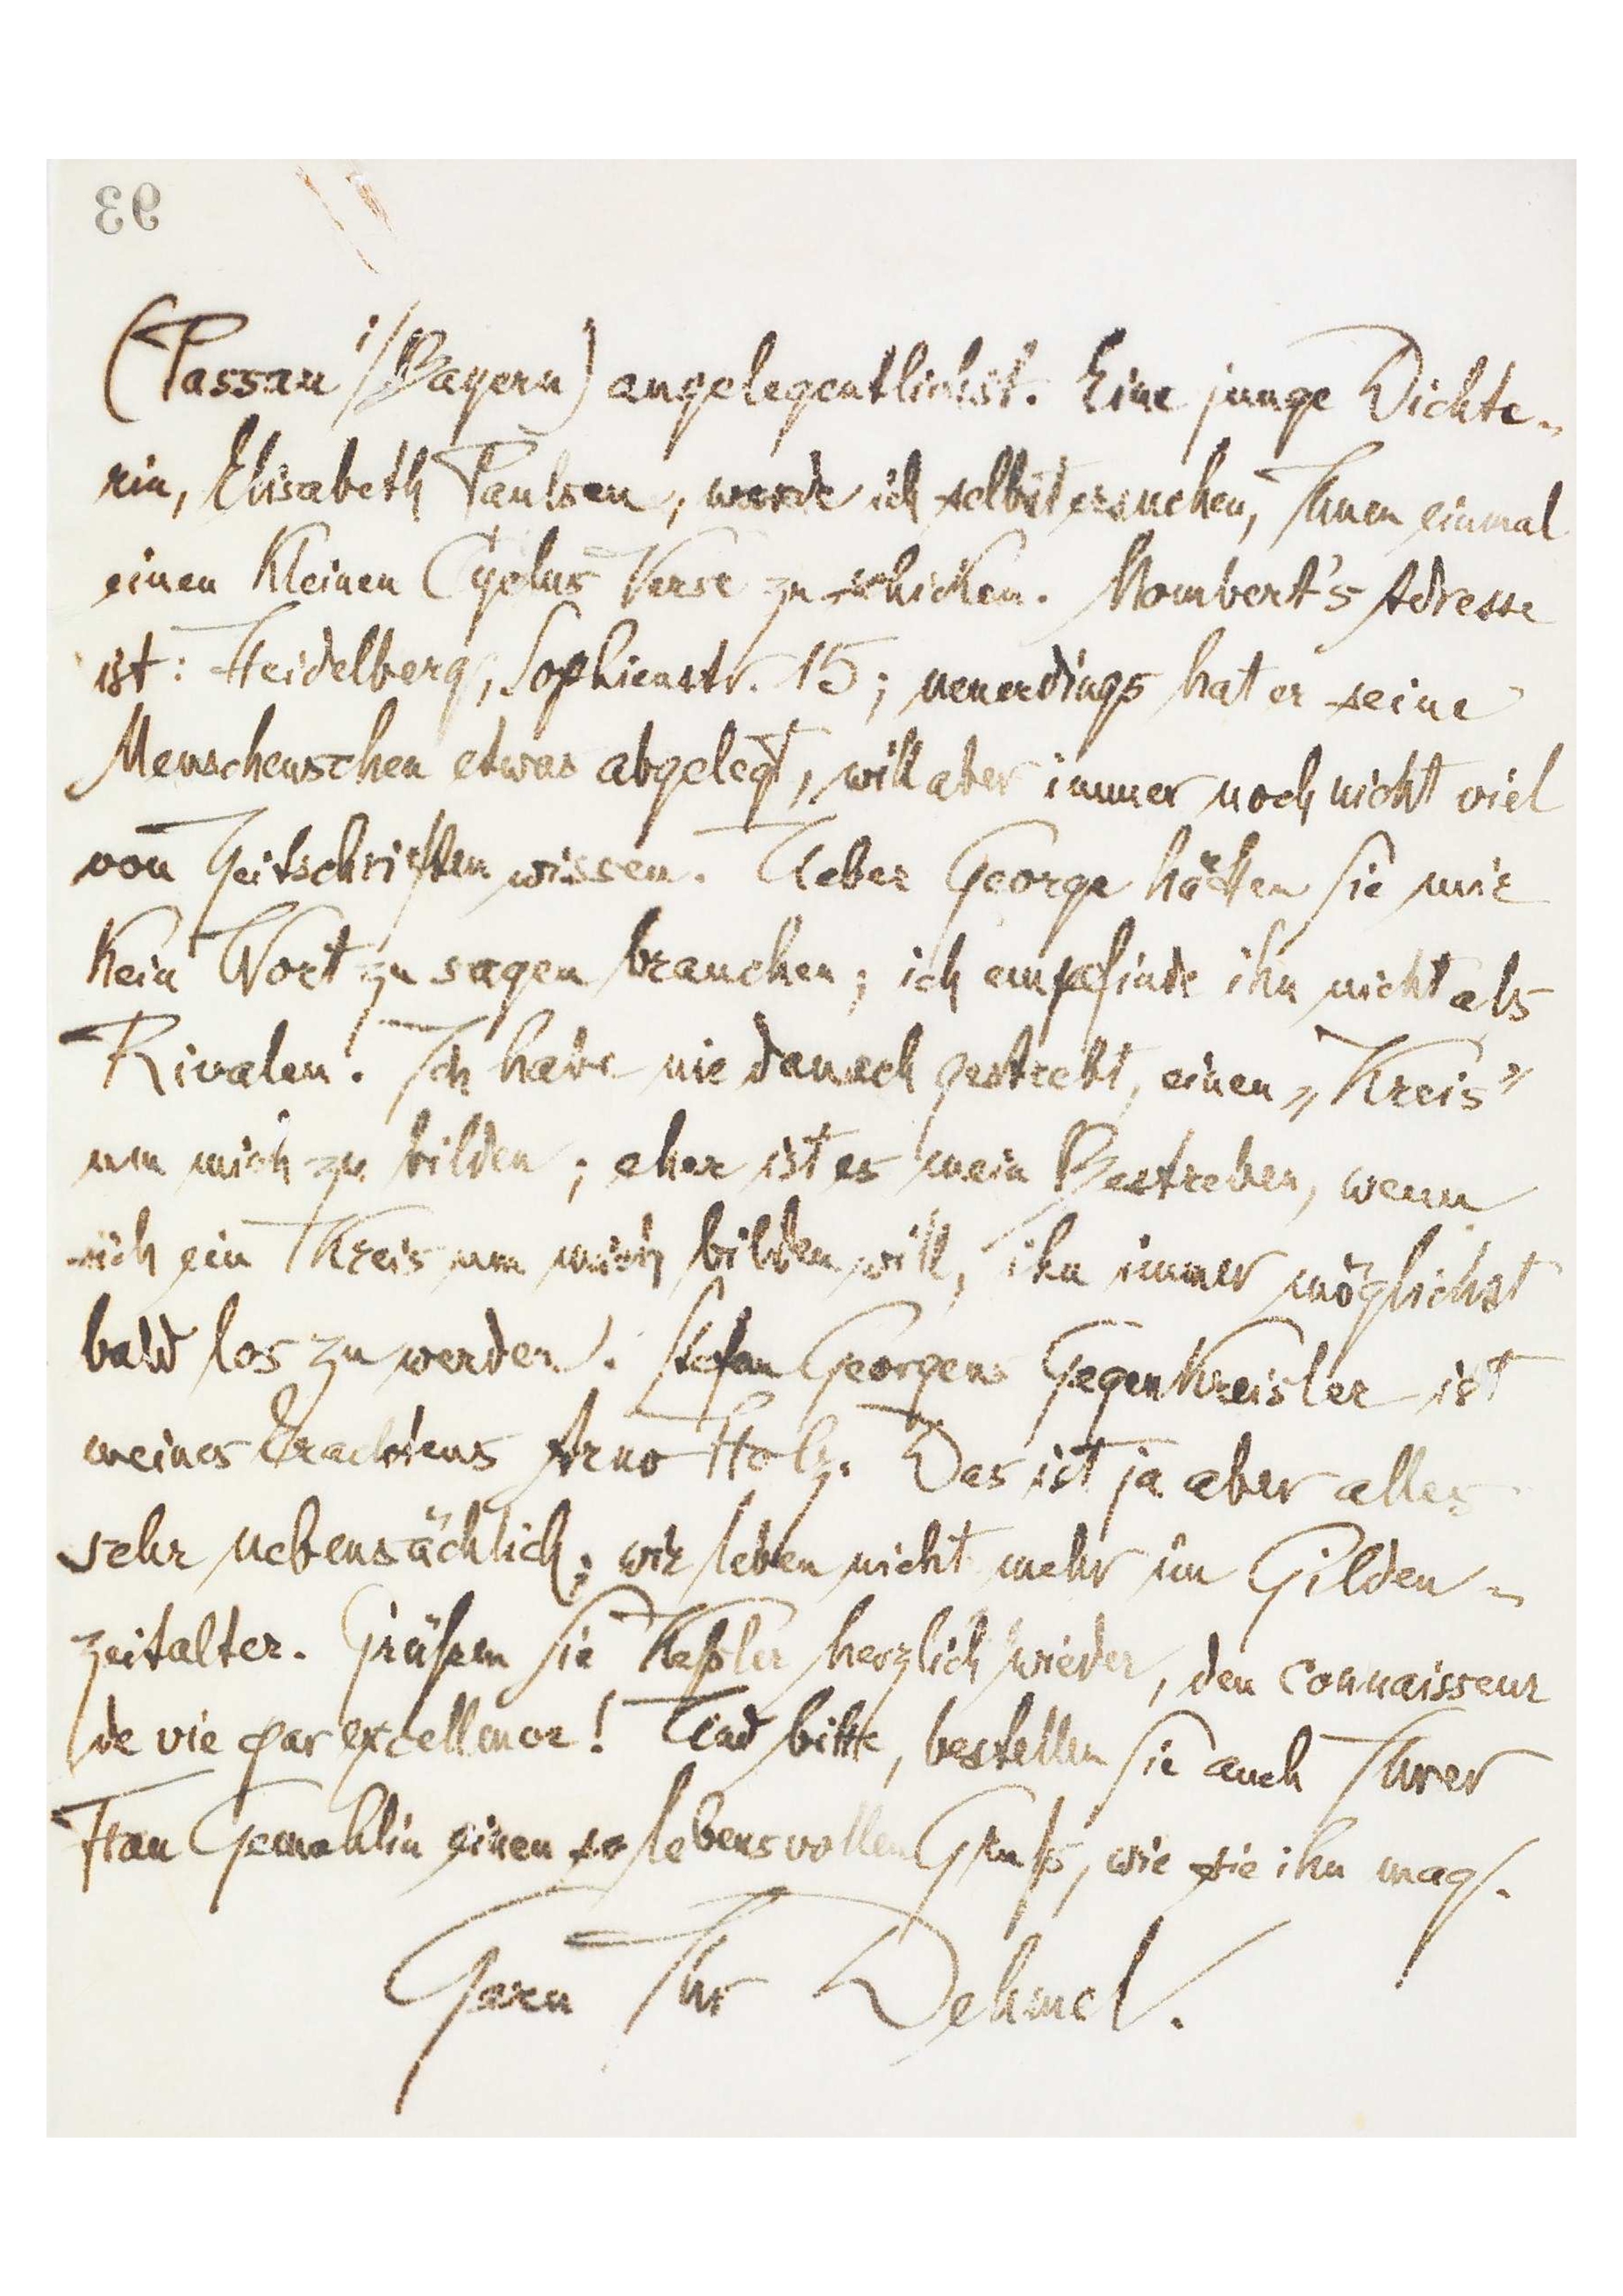
[93]
(Paussau‘/Bayern) [angelegentlichst]. Eine junge Dichte-
rin, Elisabeth Paulsen, werde ich selbst ersuchen, Ihnen einmal
einen kleinen Cyclus Verse zu schicken. Mombert’s Adresse
ist: Heidelberg, Sophienstr. 15; neuerdings hat er seine
Menschenscheu etwas abgelegt, will aber immer noch nicht viel
von Zeitschriften wissen. Ueber George hätten Sie mir
kein Wort zu sagen brauchen; ich empfinde ihn nicht als
Rivalen. Ich habe nie danach gestrebt, einen „Kreis“
um mich zu bilden; eher ist es mein Bestreben, wenn
sich ein Kreis um mich bilden will, ihn immer möglichst
bald los zu werden. Stefan Georgens Gegenkreisler ist
meines Erachtens Arno Holz. Das ist ja aber alles
sehr nebensächlich; wir leben nicht mehr im Gilden-
zeitalter. Grüßen Sie Keßler herzlich wieder, den connaisseur
de vie par excellence! Und bitte, bestellen Sie auch Ihrer
Frau Gemahlin einen so lebensvollen Gruß, wie sie ihn mag.
Gern Ihr Dehmel.